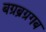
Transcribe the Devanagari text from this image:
बग्रब्रग्रगब